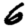
Digit: 6